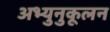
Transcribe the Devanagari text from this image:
अभ्युनुकूलन